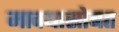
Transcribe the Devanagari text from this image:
माक्यासोबत